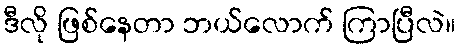
ဒီလို ဖြစ်နေတာ ဘယ်လောက် ကြာပြီလဲ။